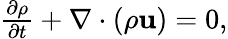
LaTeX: \begin{array}{r}{\frac{\partial\rho}{\partial t}+\nabla\cdot(\rho\mathbf{u})=0,}\end{array}